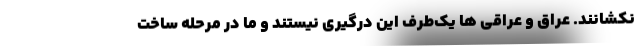
نکشانند. عراق و عراقی ها یک‌طرف این درگیری نیستند و ما در مرحله ساخت